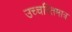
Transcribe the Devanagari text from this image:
उच्चरितमात्र